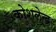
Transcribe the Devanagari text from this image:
कोशलेन्द्र